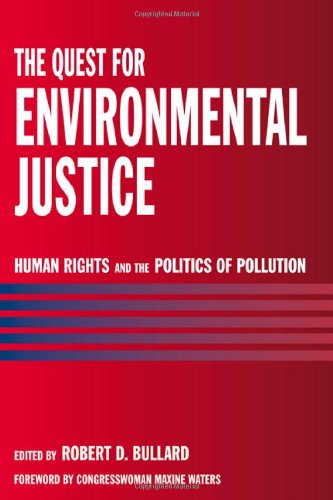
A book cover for The Quest for Environmental Justice: Human Rights and the Politics of Pollution; Law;